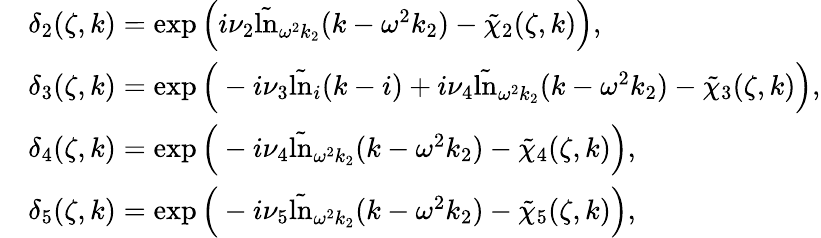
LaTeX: \begin{array}{rl}&{\delta_{2}(\zeta,k)=\exp\Big(i\nu_{2}\tilde{\ln}_{\omega^{2}k_{2}}(k-\omega^{2}k_{2})-\tilde{\chi}_{2}(\zeta,k)\Big),}\\ &{\delta_{3}(\zeta,k)=\exp\Big(-i\nu_{3}\tilde{\ln}_{i}(k-i)+i\nu_{4}\tilde{\ln}_{\omega^{2}k_{2}}(k-\omega^{2}k_{2})-\tilde{\chi}_{3}(\zeta,k)\Big),}\\ &{\delta_{4}(\zeta,k)=\exp\Big(-i\nu_{4}\tilde{\ln}_{\omega^{2}k_{2}}(k-\omega^{2}k_{2})-\tilde{\chi}_{4}(\zeta,k)\Big),}\\ &{\delta_{5}(\zeta,k)=\exp\Big(-i\nu_{5}\tilde{\ln}_{\omega^{2}k_{2}}(k-\omega^{2}k_{2})-\tilde{\chi}_{5}(\zeta,k)\Big),}\end{array}